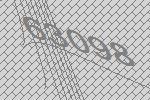
63098